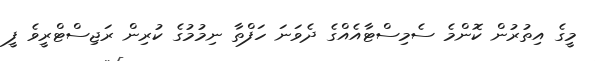
މީގެ އިތުރުން ކޮންމެ ސެމިސްޓާއެއްގެ ދެވަނަ ހަފްތާ ނިމުމުގެ ކުރިން ރަޖިސްޓްރީވެ ފީ